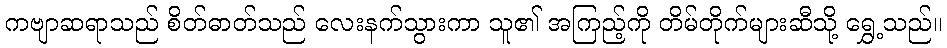
ကဗျာဆရာသည် စိတ်ဓာတ်သည် လေးနက်သွားကာ သူ၏ အကြည့်ကို တိမ်တိုက်များဆီသို့ ရွှေ့သည်။